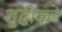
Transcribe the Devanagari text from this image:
शुद्धीकडे